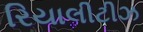
રિયાલીટીઝ